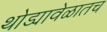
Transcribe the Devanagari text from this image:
थोड्यावेळातच